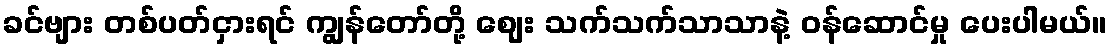
ခင်ဗျား တစ်ပတ်ငှားရင် ကျွန်တော်တို့ ဈေး သက်သက်သာသာနဲ့ ဝန်ဆောင်မှု ပေးပါမယ်။